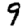
Digit: 9